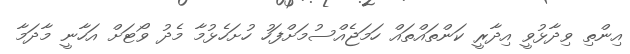
އިންތި ވިދާޅުވީ އިދާރީ ކަންތައްތައް ހަމަޖެއްސުމަށްފަހު ހުށަހެޅުމާ މެދު ވޯޓަށް އަހާނީ މާދަމާ